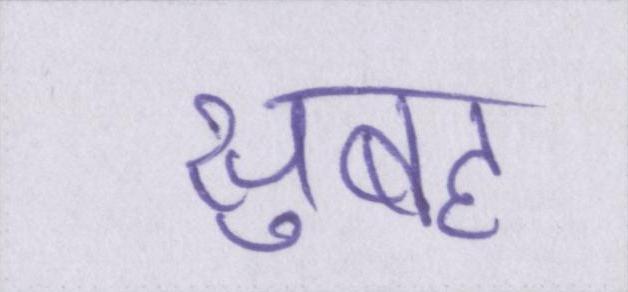
सुबह